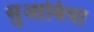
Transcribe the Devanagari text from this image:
सुआबिया